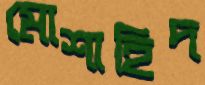
মোশাহিদ